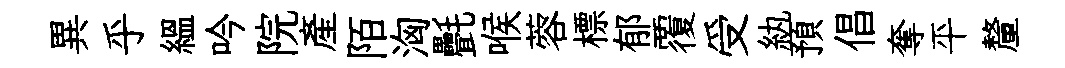
異乎緼吟院產陌洶㲲喉蓉標郁覆受紈預倡奪平釐